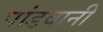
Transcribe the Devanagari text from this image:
पांडवानी